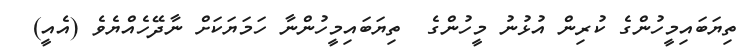
ތިޔަބައިމީހުންގެ ކުރިން އުޅުނު މީހުންގެ  ތިޔަބައިމީހުންނާ ހަމަޔަކަށް ނާދޭހެއްޔެވެ (އެއީ)